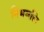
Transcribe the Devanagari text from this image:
निभवलि